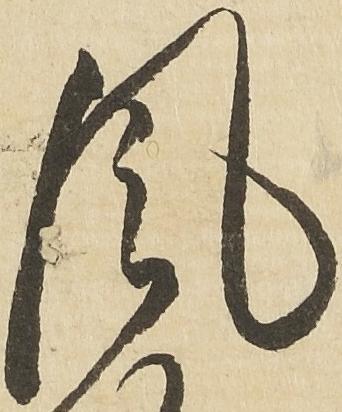
風